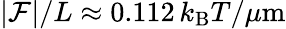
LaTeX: |{\cal F}|/L\approx 0.112\, k_{\mathrm{B}}T/\mu\mathrm{m}